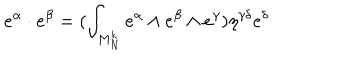
e ^ { \alpha } \cdot e ^ { \beta } = ( \int _ { M _ { N } ^ { k } } e ^ { \alpha } \wedge e ^ { \beta } \wedge e ^ { \gamma } ) \eta ^ { \gamma \delta } e ^ { \delta }